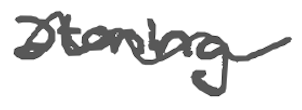
Text: atoning
Cross-out: wave
Writing tool: digital_gray